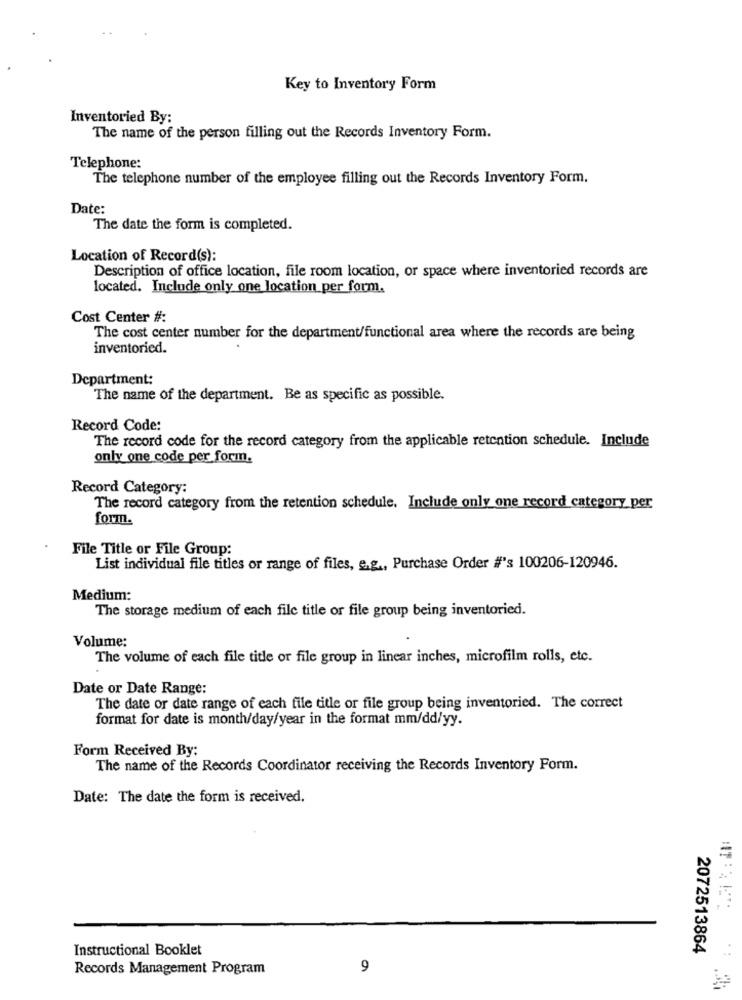
Key to Inventory Form
Inventoried By:
The name of the person filling out the Records Inventory Form.
Telephone:
The telephone number of the employee filling out the Records Inventory Form.
Date:
The date the form is completed.
Location of Record(s):
Description of office location, file room location, or space where inventoried records are
located. Include only one location per form.
Cost Center #:
The cost center number for the department/functional area where the records are being
inventoried.
Department:
The name of the department. Be as specific as possible.
Record Code:
The record code for the record category from the applicable retention schedule. Include
only one code per form.
Record Category:
The record category from the retention schedule. Include only one record category per
form.
File Title or File Group:
List individual file titles or range of files, e.g ., Purchase Order #'s 100206-120946.
Medium:
The storage medium of each file title or file group being inventoried.
Volume:
The volume of each file title or file group in linear inches, microfilm rolls, etc.
Date or Date Range:
The date or date range of each file title or file group being inventoried. The correct
format for date is month/day/year in the format mm/dd/yy.
Form Received By:
The name of the Records Coordinator receiving the Records Inventory Form.
Date: The date the form is received.
Instructional Booklet
2072513864
Records Management Program
9